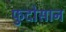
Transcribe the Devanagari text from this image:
फुदोसान